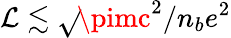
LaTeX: \mathcal{L}\lesssim\sqrt{}{{\! \pimc^{2}/n_{b}e^{2}}}